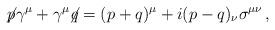
LaTeX: \begin{align*}\not{\!p }\gamma^\mu+\gamma^\mu\!\!\not{\! q }=(p+q)^\mu+i(p-q)_\nu\sigma^{\mu\nu}\,,\end{align*}